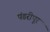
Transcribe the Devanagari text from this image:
पंडरीपूर